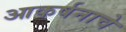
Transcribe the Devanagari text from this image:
आकर्षनाचे